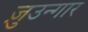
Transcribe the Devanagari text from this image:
ज़ुउन्गार